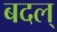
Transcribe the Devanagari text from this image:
बदल्